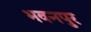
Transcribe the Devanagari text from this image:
भवनपुर